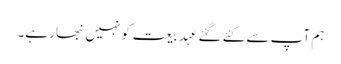
ہم آپ سے کئے گئے عہدِ بیعت کو نہیں نبھا رہے۔